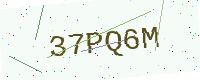
Text: 37PQ6M